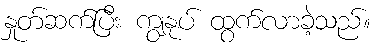
နှုတ်ဆက်ပြီး ကျွနုပ် ထွက်လာခဲ့သည်။